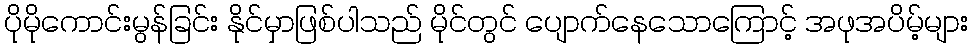
ပိုမိုကောင်းမွန်ခြင်း နိုင်မှာဖြစ်ပါသည် မိုင်တွင် ပျောက်နေသောကြောင့် အဖုအပိမ့်များ